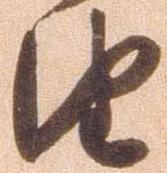
由